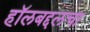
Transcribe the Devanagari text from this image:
हॉलबद्दलचा